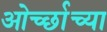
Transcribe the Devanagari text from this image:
ओर्च्छाच्या